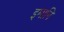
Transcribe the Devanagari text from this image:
इमानि